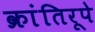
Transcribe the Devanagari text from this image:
क्रांतिरूपे